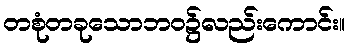
တစုံတခုသောဘဝ၌လည်းကောင်း။